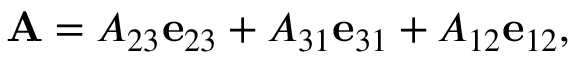
\mathbf { A } = A _ { 2 3 } \mathbf { e } _ { 2 3 } + A _ { 3 1 } \mathbf { e } _ { 3 1 } + A _ { 1 2 } \mathbf { e } _ { 1 2 } ,